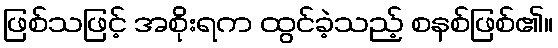
ဖြစ်သဖြင့် အစိုးရက ထွင်ခဲ့သည့် စနစ်ဖြစ်၏။